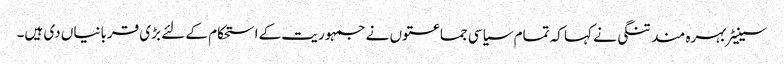
سینیٹر بہرہ مند تنگی نے کہا کہ تمام سیاسی جماعتوں نے جمہوریت کے استحکام کے لئے بڑی قربانیاں دی ہیں۔